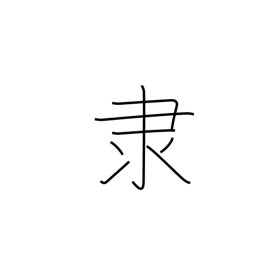
Meaning: slave radical (no. 171)